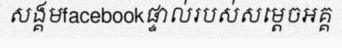
សង្គមfacebookផ្ទាល់របស់សម្តេចអគ្គ